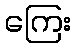
ကြေး